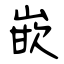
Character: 嵌